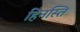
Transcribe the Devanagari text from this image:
हिनस्ति